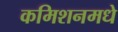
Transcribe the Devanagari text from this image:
कमिशनमधे